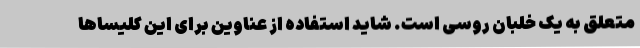
متعلق به یک خلبان روسی است. شاید استفاده از عناوین برای این کلیسا‌ها